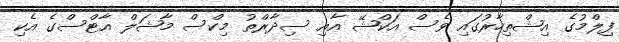
ފިލްމުގެ އިޝްތިހާރުގައި ވެސް އަކްޝޭ އާއި ސިދާރްތު މިކްސް މާޝަލް އާޓްސްގެ އެކި